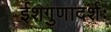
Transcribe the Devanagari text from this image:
ईशगुणादर्शः